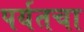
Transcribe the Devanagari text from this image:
पर्यतचा